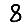
Digit: 8